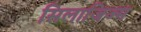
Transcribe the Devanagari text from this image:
सिलाजिज्म